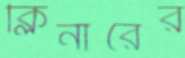
ক্লিনারের